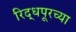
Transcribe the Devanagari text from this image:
रिद्धपूरच्या